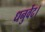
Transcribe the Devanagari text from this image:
धनुर्वेद।